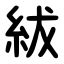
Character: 紱